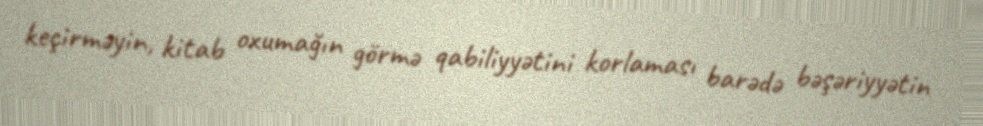
keçirməyin, kitab oxumağın görmə qabiliyyətini korlaması barədə bəşəriyyətin